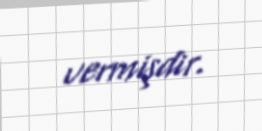
vermişdir.